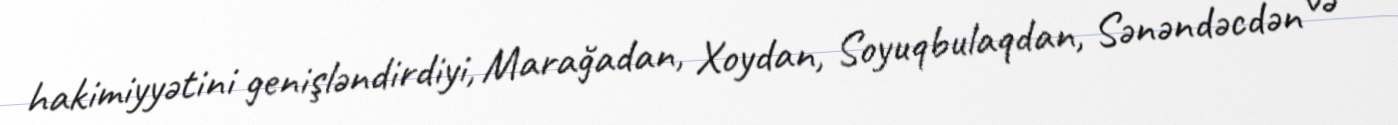
hakimiyyətini genişləndirdiyi, Marağadan, Xoydan, Soyuqbulaqdan, Sənəndəcdən və